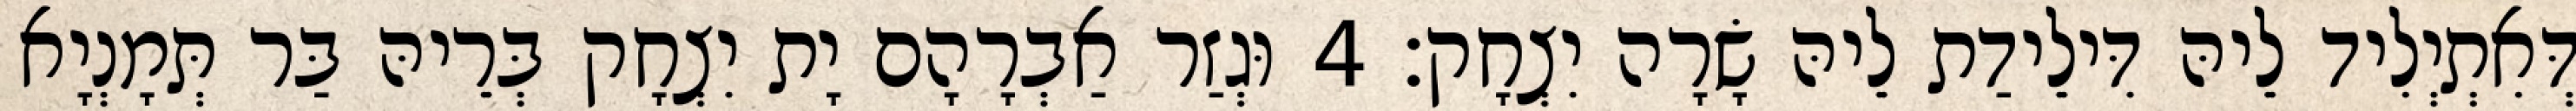
דְּאִתְיְלִיד לֵיהּ דִּילֵידַת לֵיהּ שָׂרָה יִצְחָק׃ 4 וּגְזַר אַבְרָהָם יָת יִצְחָק בְּרֵיהּ בַּר תְּמָנְיָא